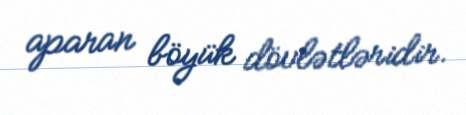
aparan böyük dövlətləridir.